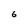
Character: 6